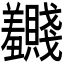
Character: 𬚂